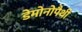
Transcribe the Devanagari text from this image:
डेमोनोपैथी